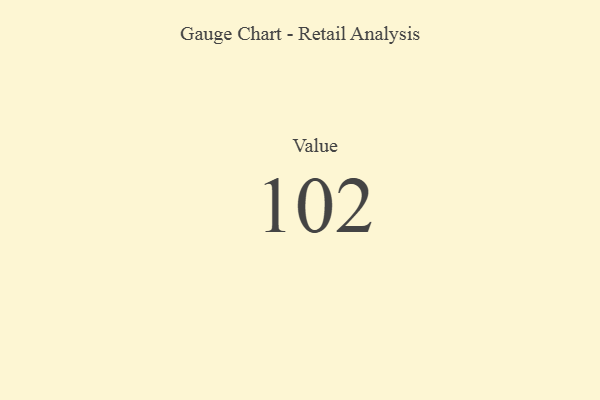
{"axis": {"x": "Metric", "y": "Value"}, "legend": [""], "data": [{"x": "Value", "y": 102, "type": ""}]}